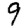
Digit: 9